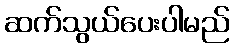
ဆက်သွယ်ပေးပါမည်